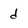
Character: d